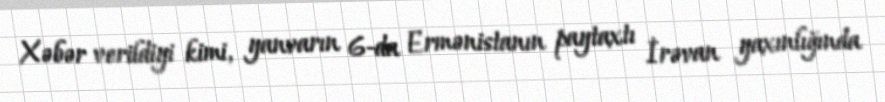
Xəbər verildiyi kimi, yanvarın 6-da Ermənistanın paytaxtı İrəvan yaxınlığında